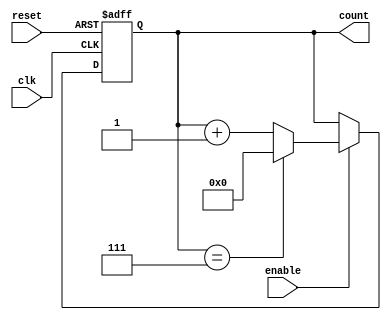
module modulus_counter #(
    parameter MODULUS = 8  // Parameter for the modulus value
)(
    input wire clk,        // Clock input
    input wire reset,      // Asynchronous reset (active high)
    input wire enable,     // Enable signal (active high)
    output reg [3:0] count // Output count value (width = log2(MODULUS))
);

    // Ensure the count width is sufficient for the modulus
    initial begin
        if (MODULUS <= 0 || MODULUS > 16) // Limit to a reasonable range for 4-bit
            $fatal("Modulus value must be between 1 and 16.");
    end

    // Counter logic
    always @(posedge clk or posedge reset) begin
        if (reset) begin
            count <= 0; // Reset the counter to zero
        end else if (enable) begin
            if (count == MODULUS - 1) begin
                count <= 0; // Reset counter when modulus is reached
            end else begin
                count <= count + 1; // Increment counter
            end
        end
    end
endmodule